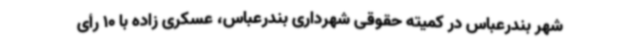
شهر بندرعباس در کمیته حقوقی شهرداری بندرعباس، عسکری زاده با 10 رأی